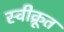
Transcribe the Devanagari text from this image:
स्वीक्रूत